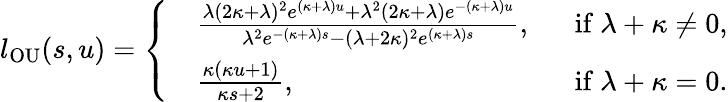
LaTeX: l_{\mathrm{OU}}(s,u)=\left\{ \begin{array}{rlr}&{\frac{\lambda(2\kappa+\lambda)^{2}e^{(\kappa+\lambda)u}+\lambda^{2}(2\kappa+\lambda)e^{-(\kappa+\lambda)u}}{\lambda^{2}e^{-(\kappa+\lambda)s}-(\lambda+2\kappa)^{2}e^{(\kappa+\lambda)s}},~~}&{\mathrm{if}~\lambda+\kappa\neq 0,}\\ &{\frac{\kappa(\kappa u+1)}{\kappa s+2},~~}&{\mathrm{if}~\lambda+\kappa=0.}\end{array}\right.